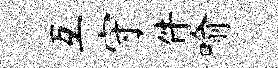
互守件喻